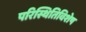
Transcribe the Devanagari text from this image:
परिस्थितिविशेष